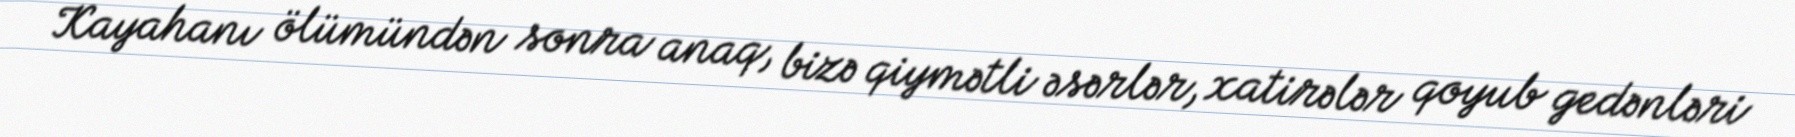
Kayahanı ölümündən sonra anaq, bizə qiymətli əsərlər, xatirələr qoyub gedənləri